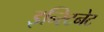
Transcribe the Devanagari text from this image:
इन्स्टिनेट